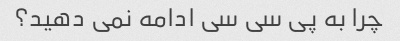
چرا به پی سی سی ادامه نمی دهید؟